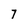
Character: 7